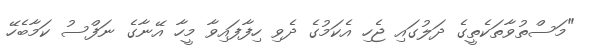
"މަސްތުވާތަކެތީގެ ދަލުގައި ޖެހި އެކަމުގެ ދެވި ހިފާފައިވާ މީހާ އޭނާގެ ނަފްސު ކަމާބެހޭ